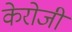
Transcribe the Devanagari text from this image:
केरोजी